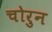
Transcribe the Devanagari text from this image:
चोरुन